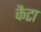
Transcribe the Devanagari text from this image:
कैटा